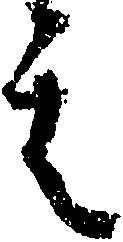
其